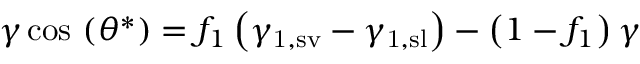
\gamma \cos \, \left( \theta ^ { * } \right) = f _ { 1 } \left( \gamma _ { \mathrm { 1 , s v } } - \gamma _ { \mathrm { 1 , s l } } \right) - \left( 1 - f _ { 1 } \right) \gamma